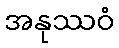
အနုဿဝံ